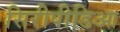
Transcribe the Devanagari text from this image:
सिरीपीडिआ